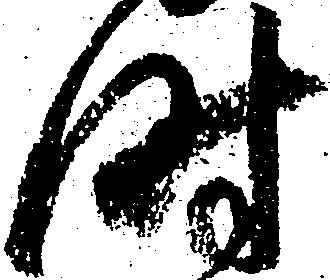
時